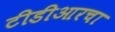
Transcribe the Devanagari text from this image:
टीडीआरचा